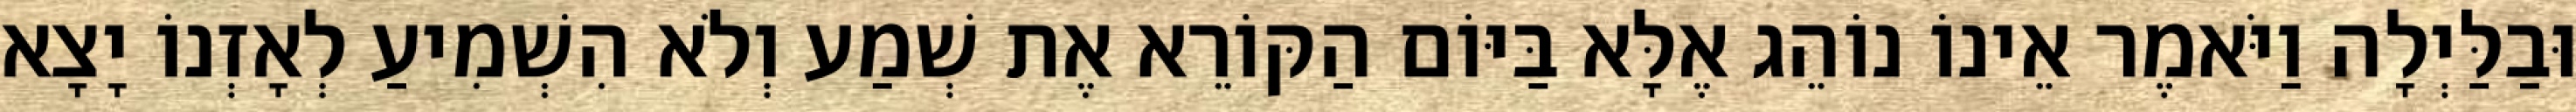
וּבַלַּיְלָה וַיֹּאמֶר אֵינוֹ נוֹהֵג אֶלָּא בַּיּוֹם הַקּוֹרֵא אֶת שְׁמַע וְלֹא הִשְׁמִיעַ לְאָזְנוֹ יָצָא